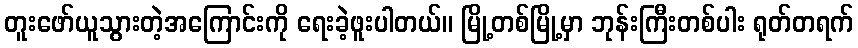
တူးဖော်ယူသွားတဲ့အကြောင်းကို ရေးခဲ့ဖူးပါတယ်။ မြို့တစ်မြို့မှာ ဘုန်းကြီးတစ်ပါး ရုတ်တရက်